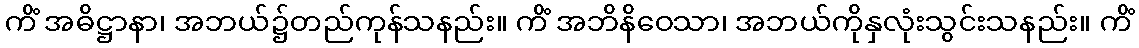
ကိံ အဓိဋ္ဌာနာ၊ အဘယ်၌တည်ကုန်သနည်း။ ကိံ အဘိနိဝေသာ၊ အဘယ်ကိုနှလုံးသွင်းသနည်း။ ကိံ